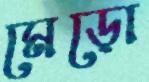
মেড়ো